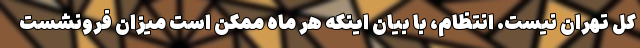
کل تهران نیست. انتظام، با بیان اینکه هر ماه ممکن است میزان فرونشست